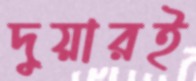
দুয়ারই